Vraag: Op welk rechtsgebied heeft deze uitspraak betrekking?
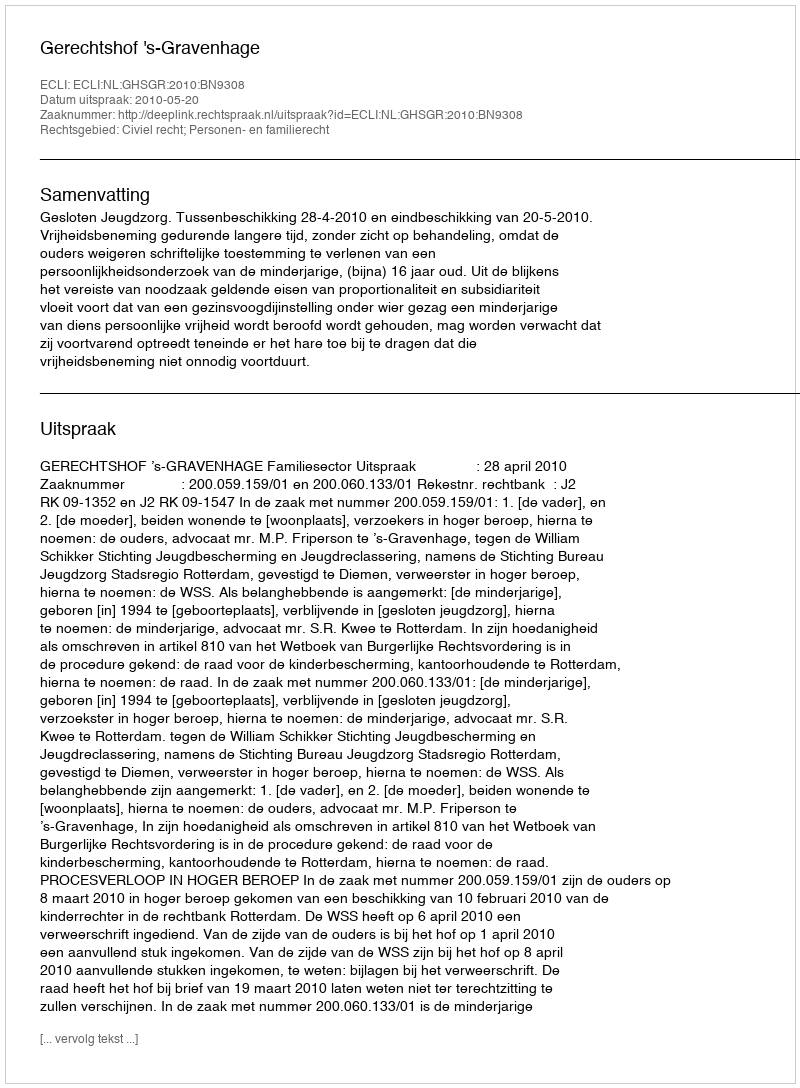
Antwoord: Civiel recht; Personen- en familierecht